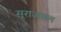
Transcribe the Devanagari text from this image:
सूराजमल